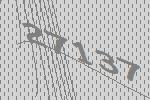
27137